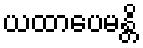
ယထာပေမန္တိ